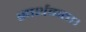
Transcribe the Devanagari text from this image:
सार्थकता।